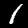
Digit: 1